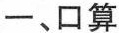
一、口算